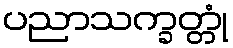
ပညာသက္ခတ္တုံ